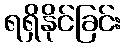
ရရှိနိုင်ခြင်း